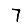
Digit: 7